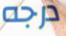
درجه